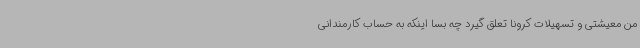
من معیشتی و تسهیلات کرونا تعلق گیرد چه بسا اینکه به حساب کارمندانی